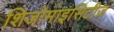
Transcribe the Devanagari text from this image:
शिजोमाइसिटीज़